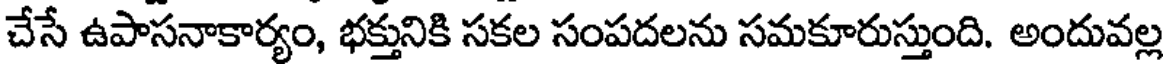
చేసే ఉపాసనాకార్యం, భక్తునికి సకల సంపదలను సమకూరుస్తుంది. అందువల్ల